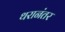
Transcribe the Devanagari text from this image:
थरानंतर